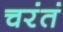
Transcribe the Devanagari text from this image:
चरंतं